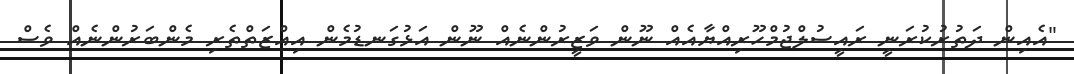
"އެއިން ދަތުރުކުރަނީ ރައީސުލްޖުމްހޫރިއްޔާއެއް ނޫން ވަޒީރުންނެއް ނޫން އަޅުގަނޑުމެން އިއްޒަތްތެރި މެންބަރުންނެއް ވެސް